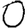
Digit: 0